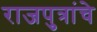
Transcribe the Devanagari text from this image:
राजपुत्रांचे